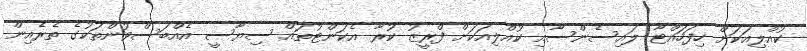
ކުއްލިއަކަށް ހިފަހައްޓާ ލައިސެންސާއި ކުއްލިއަކަށް ފްރީޒު ކުރާ އެކަންޓުތައް ސިޔާސީ އެއްބަސްވުންތަކުގެ ތެރެއިން